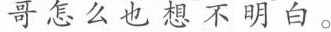
哥怎么也想不明白。